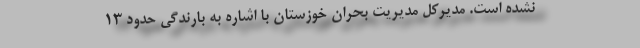
نشده است. مدیرکل مدیریت بحران خوزستان با اشاره به بارندگی حدود ۱۳